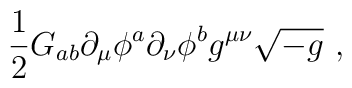
\frac{1}{2}G_{ab} \partial_ \mu \phi ^a  \partial_\nu \phi ^b g^{\mu\nu}\sqrt{-g} \ ,